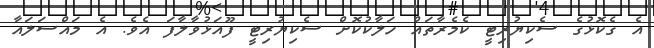
އެ ގެކޮޅުގެ ސެކިޔުރިޓީ ކެމެރާތައް ހަލާކުކޮށް ސެކިޔުރިޓީ ފޫއަޅުވާލާފަ އެވެ. އެ މައްސަލައާ